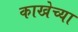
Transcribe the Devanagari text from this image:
काखेच्या